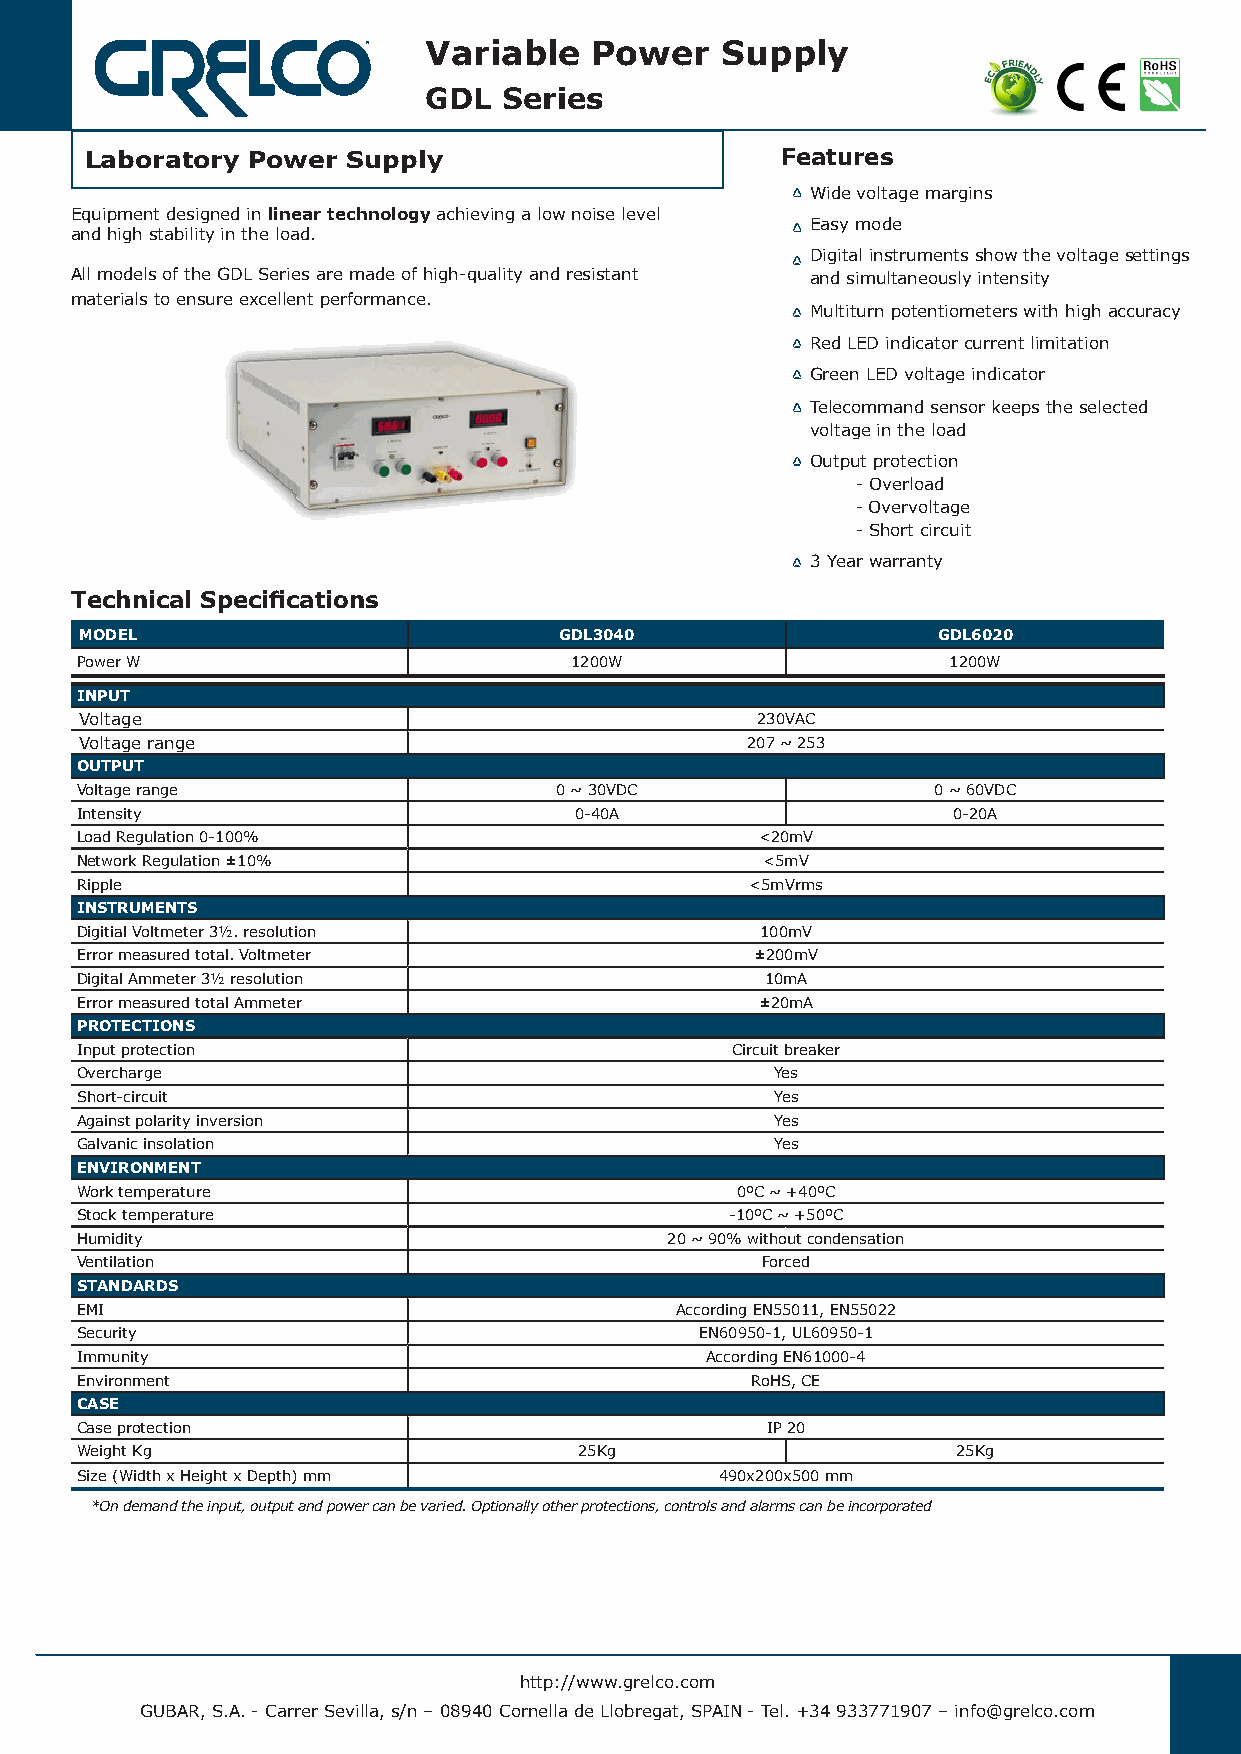
Variable   Power    Supply
 GDL  Series
 Laboratory Power Supply                       Features
 Wide voltage margins
 Equipment designed in linear technology achieving a low noise level
 Easy mode
 and high stability in the load.
 Digital instruments show the voltage settings
 All models of the GDL Series are made of high-quality and resistant and simultaneously intensity
 materials to ensure excellent performance.
 Multiturn potentiometers with high accuracy
 Red LED indicator current limitation
 Green LED voltage indicator
 Telecommand sensor keeps the selected
 voltage in the load
 Output protection
 - Overload
 - Overvoltage
 - Short circuit
 3 Year warranty
 Technical Specifications
 MODEL                           GDL3040                  GDL6020
 Power W                          1200W                    1200W
 INPUT
 Voltage                                      230VAC
 Voltage range                               207 ~ 253
 OUTPUT
 Voltage range                   0 ~ 30VDC                0 ~ 60VDC
 Intensity                        0-40A                    0-20A
 Load Regulation 0-100%                       <20mV
 Network Regulation ±10%                      <5mV
 Ripple                                       <5mVrms
 INSTRUMENTS
 Digitial Voltmeter 3½. resolution            100mV
 Error measured total. Voltmeter              ±200mV
 Digital Ammeter 3½ resolution                 10mA
 Error measured total Ammeter                 ±20mA
 PROTECTIONS
 Input protection                           Circuit breaker
 Overcharge                                    Yes
 Short-circuit                                 Yes
 Against polarity inversion                    Yes
 Galvanic insolation                           Yes
 ENVIRONMENT
 Work temperature                            0ºC ~ +40ºC
 Stock temperature                          -10ºC ~ +50ºC
 Humidity                               20 ~ 90% without condensation
 Ventilation                                  Forced
 STANDARDS
 EMI                                     According EN55011, EN55022
 Security                                 EN60950-1, UL60950-1
 Immunity                                  According EN61000-4
 Environment                                  RoHS, CE
 CASE
 Case protection                               IP 20
 Weight Kg                        25Kg                     25Kg
 Size (Width x Height x Depth) mm           490x200x500 mm
 *On demand the input, output and power can be varied. Optionally other protections, controls and alarms can be incorporated
 http://www.grelco.com
 GUBAR, S.A. - Carrer Sevilla, s/n – 08940 Cornella de Llobregat, SPAIN - Tel. +34 933771907 – info@grelco.com